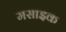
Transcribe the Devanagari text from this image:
मसाइक